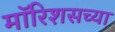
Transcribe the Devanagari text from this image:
मॉरिशसच्या